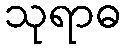
သုရာဓ